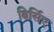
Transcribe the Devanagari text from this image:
बिर्सिए